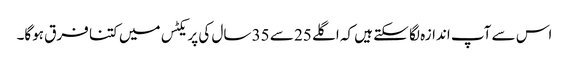
اس سے آپ اندازہ لگا سکتے ہیں کہ اگلے 25 سے 35 سال کی پریکٹس میں کتنا فرق ہوگا۔